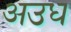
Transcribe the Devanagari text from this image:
अउध